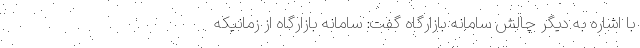
با اشاره به دیگر چالش سامانه بازارگاه گفت: سامانه بازارگاه از زمانیکه